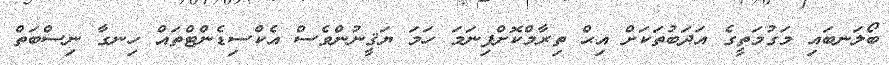
ބޯލަނބައި މަގުމަތީގެ އަދަބުތަކަށް އިޙް ތިރާމްކޮށްފިނަމަ ހަމަ ޔަޤީނުންވެސް އެކްސިޑެންޓްތައް ހިނގާ ނިސްބަތް